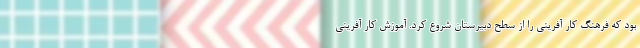
بود که فرهنگ کار آفرینی را از سطح دبیرستان شروع کرد. آموزش کار آفرینی